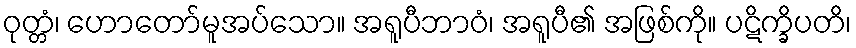
ဝုတ္တံ၊ ဟောတော်မူအပ်သော။ အရူပီဘာဝံ၊ အရူပီ၏ အဖြစ်ကို။ ပဋိက္ခိပတိ၊